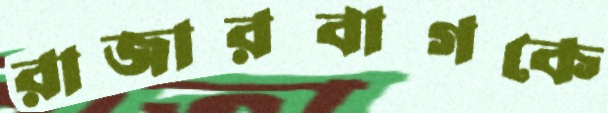
রাজারবাগকে